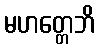
မဟတ္တေဘိ